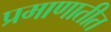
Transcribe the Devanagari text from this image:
प्रमाणातीत